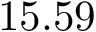
1 5 . 5 9